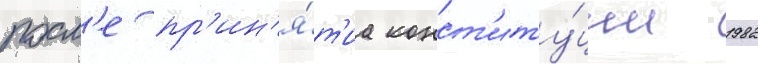
посл'е пр'ин'я́т'иа конст'иту́ции 1982